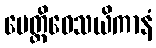
ပေတ္တိဝေသယိကာနံ